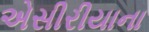
એસીરીયાના